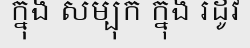
ក្នុង សម្បុក ក្នុង រដូវ